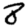
Digit: 8